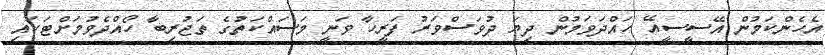
އެހެންކަމުން އޭސީސީއޭ ހައްދަވަމުން ދިޔަ ދުވަސްވަރު ފަރީހާ ވަނީ މަސައްކަތުގެ ތަޖުރިބާ ހޯއްދެވުމަށްޓަކައި